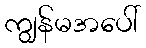
ကျွန်မအပေါ်